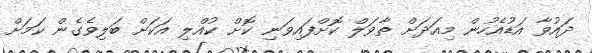
ދައުވާ އަޑުއެހުން މިއަދަށް ތާވަލް ކޮށްފައިވަނި ކޮށް ކުއްލި އަކަށް ބަލިވެގެން ކަމަށް